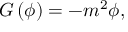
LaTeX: G \left( \phi \right) = - m ^ { 2 } \phi ,